Vaccination North-Western Provinces and Oudh 1878-1895 - 1878-1895
Year: 1878
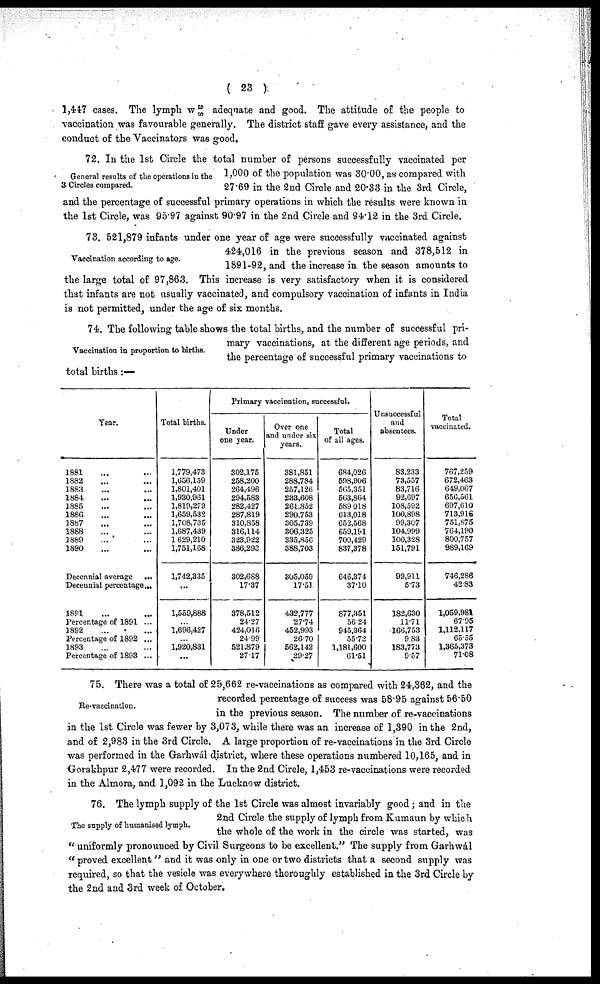
( 23 )
1,447 cases. The lymph was adequate and good. The attitude of the people to
vaccination was favourable generally. The district staff gave every assistance, and the
conduct of the Vaccinators was good.
General results of the operations in the
3 Circles compared.
72. In the 1st Circle the total number of persons successfully vaccinated per
1,000 of the population was 30.00, as compared with
27.69 in the 2nd Circle and 20.33 in the 3rd Circle,
and the percentage of successful primary operations in which the results were known in
the 1st Circle, was 95.97 against 90.97 in the 2nd Circle and 94.12 in the 3rd Circle.
Vaccination according to age.
73. 521,879 infants under one year of age were successfully vaccinated against
424,016 in the previous season and 378,512 in
1891-92, and the increase in the season amounts to
the large total of 97,863. This increase is very satisfactory when it is considered
that infants are not usually vaccinated, and compulsory vaccination of infants in India
is not permitted, under the age of six months.
Vaccination in proportion to births.
74. The following table shows the total births, and the number of successful pri-
mary vaccinations, at the different age periods, and
the percentage of successful primary vaccinations to
total births :—
Year.
1881 ... ...
1882 ... ...
1883 ... ...
1884 ... ...
1885 ... ...
1886 ... ...
1887 ... ...
1888 ... ...
1889 ... ...
1890 ... ...
Decennial average
...
Decennial percentage ...
1891 ... ...
Percentage of 1891 ...
1892 ... ...
Percentage of 1892 ...
1893 ... ...
Percentage of 1893 ...
Total births.
1,779,473
1,656,159
1,801,401
1,930,961
1,819,279
1,659,532
1,708,735
1,687,439
1 629,210
1,751,168
1,742,335
...
1,559,888
1,696,427
1,920,831
...
Primary vaccination, successful.
Under
one year.
302,175
258,200
264,496
294,583
282,427
287,819
310,858
316,114
323,922
336,293
302,688
17.37
378,512
24.27
424,016
24.99
521,879
27.17
Over one
and under six
years.
381,851
288,784
257,126
233,608
261.852
290,753
305,739
306,325
335,856
388,703
305,059
17.51
432,777
27.74
452,993
26.70
562,142
29.27
Total
of all ages.
684,026
598,906
565,351
563,864
589 018
613,018
652,568
659,191
700,429
837,378
646.374
37.10
877,351
56 24
945,364
55.72
1,181,600
61.51
Unsuccessful
and
absentees.
83,233
73,557
83,716
92,697
108,592
100,898
99,307
104,999
100,328
151,791
99,911
5.73
182,630
11.71
166,753
9.83
183,773
9.57
Total
vaccinated.
767,259
672,463
649,067
656,561
697,610
713,916
751,875
764,190
800,757
989,169
746,286
42.83
1,059,981
67.95
1,112,117
65.55
1,365,373
71.08
Re-vaccination.
75. There was a total of 25,662 re-vaccinations as compared with 24,362, and the
recorded percentage of success was 58.95 against 56.50
in the previous season. The number of re-vaccinations
in the 1st Circle was fewer by 3,073, while there was an increase of 1,390 in the 2nd,
and of 2,983 in the 3rd Circle. A large proportion of re-vaccinations in the 3rd Circle
was performed in the Garhwál district, where these operations numbered 10,165, and in
Gorakhpur 2,477 were recorded. In the 2nd Circle, 1,453 re-vaccinations were recorded
in the Almora, and 1,092 in the Lucknow district.
The supply of humanised lymph.
76. The lymph supply of the 1st Circle was almost invariably good ; and in the
2nd Circle the supply of lymph from Kumaun by which
the whole of the work in the circle was started, was
" uniformly pronounced by Civil Surgeons to be excellent." The supply from Garhwál
" proved excellent" and it was only in one or two districts that a second supply was
required, so that the vesicle was everywhere thoroughly established in the 3rd. Circle by
the 2nd and 3rd week of October.